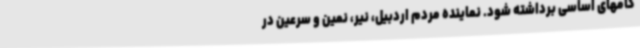
گامهای اساسی برداشته شود. نماینده مردم اردبیل، نیر، نمین و سرعین در